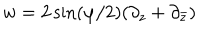
LaTeX: w = 2 \sin ( \varphi / 2 ) ( \partial _ { z } + \partial _ { \bar { z } } )